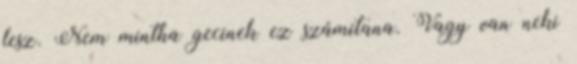
lesz. Nem mintha gecinek ez számítana. Vagy van neki